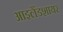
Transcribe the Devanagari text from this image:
आइलैंडशायर